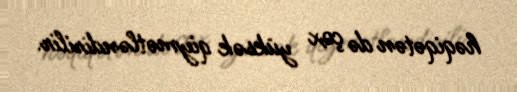
həqiqətən də çox yüksək qiymətləndirilir.